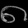
Digit: ၈